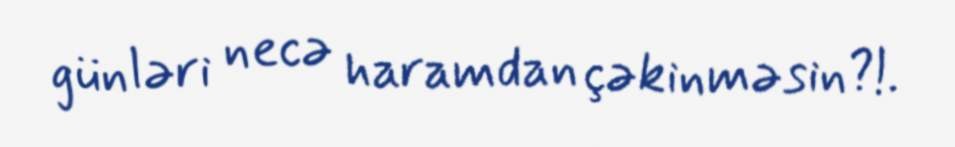
günləri necə haramdan çəkinməsin?!.